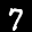
Label: 7